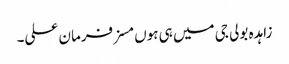
زاہدہ بولی جی میں ہی ہوں مسز فرمان علی۔